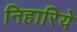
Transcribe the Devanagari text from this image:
निहारिये